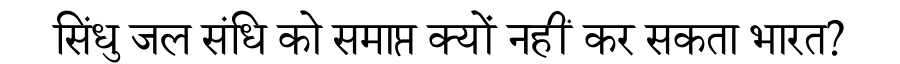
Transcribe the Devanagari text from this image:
सिंधु जल संधि को समाप्त क्यों नहीं कर सकता भारत?